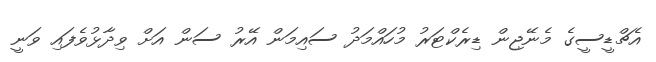
އެޗްޑީސީގެ މެނޭޖިން ޑިރެކްޓަރު މުހައްމަދު ސައިމަން އޭރު ސަން އަށް ވިދާޅުވެފައި ވަނީ